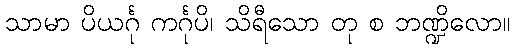
သာမာ ပိယင်္ဂု ကင်္ဂုပိ၊ သိရီသော တု စ ဘဏ္ဍိလော။